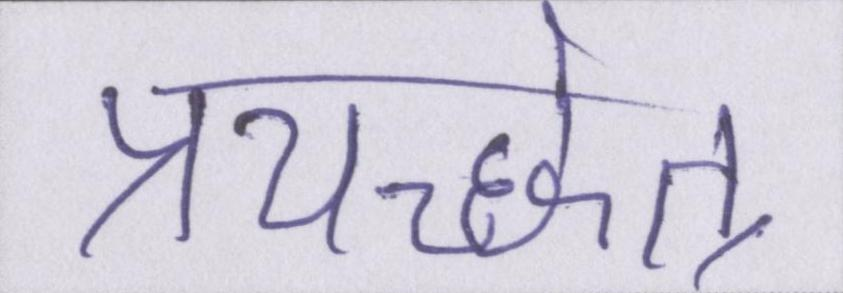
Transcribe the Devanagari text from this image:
प्रयच्छेत्